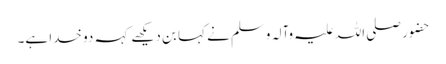
حضور صلی اللہ علیہ وآلہ وسلم نے کہا بن دیکھے کہہ دو خدا ہے۔